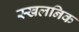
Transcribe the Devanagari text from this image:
स्खलनिक